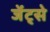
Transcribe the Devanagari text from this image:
जेंट्से